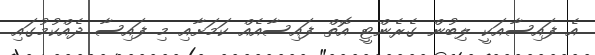
އެ ފައިސާއަކީ ލިބުން ގެރެންޓީ އޮތް ފައިސާއެއް ކަމަށާއި މި ފައިސާ ދެއްކުމުގައި